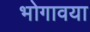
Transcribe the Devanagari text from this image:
भोगावया